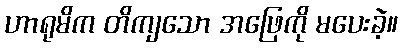
ဟာရုမိက တိကျသော အဖြေကို မပေးခဲ့။